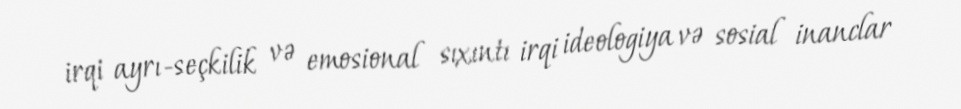
irqi ayrı-seçkilik və emosional sıxıntı irqi ideologiya və sosial inanclar